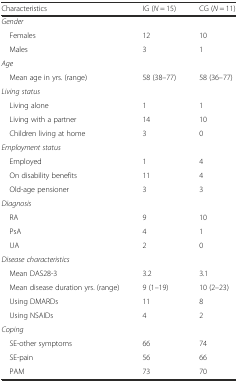
| Characteristics | IG (N = 15) | CG (N = 11) |
 | --- | --- | --- |
 | <COLSPAN=3> Gender |
 | Females | 12 | 10 |
 | Males | 3 | 1 |
 | <COLSPAN=3> Age |
 | Mean age in yrs. (range) | 58 (38–77) | 58 (36–77) |
 | <COLSPAN=3> Living status |
 | Living alone | 1 | 1 |
 | Living with a partner | 14 | 10 |
 | Children living at home | 3 | 0 |
 | <COLSPAN=3> Employment status |
 | Employed | 1 | 4 |
 | On disability benefits | 11 | 4 |
 | Old-age pensioner | 3 | 3 |
 | <COLSPAN=3> Diagnosis |
 | RA | 9 | 10 |
 | PsA | 4 | 1 |
 | UA | 2 | 0 |
 | <COLSPAN=3> Disease characteristics |
 | Mean DAS28-3 | 3.2 | 3.1 |
 | Mean disease duration yrs. (range) | 9 (1–19) | 10 (2–23) |
 | Using DMARDs | 11 | 8 |
 | Using NSAIDs | 4 | 2 |
 | <COLSPAN=3> Coping |
 | SE-other symptoms | 66 | 74 |
 | SE-pain | 56 | 66 |
 | PAM | 73 | 70 |